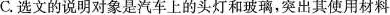
C.选文的说明对象是汽车上的头灯和玻璃，突出其使用材料